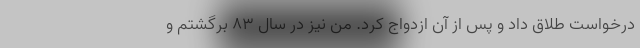
درخواست طلاق داد و پس از آن ازدواج کرد. من نیز در سال ۸۳ برگشتم و